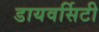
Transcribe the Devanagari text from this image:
डायवर्सिटी